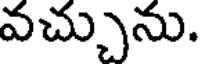
వచ్చును.